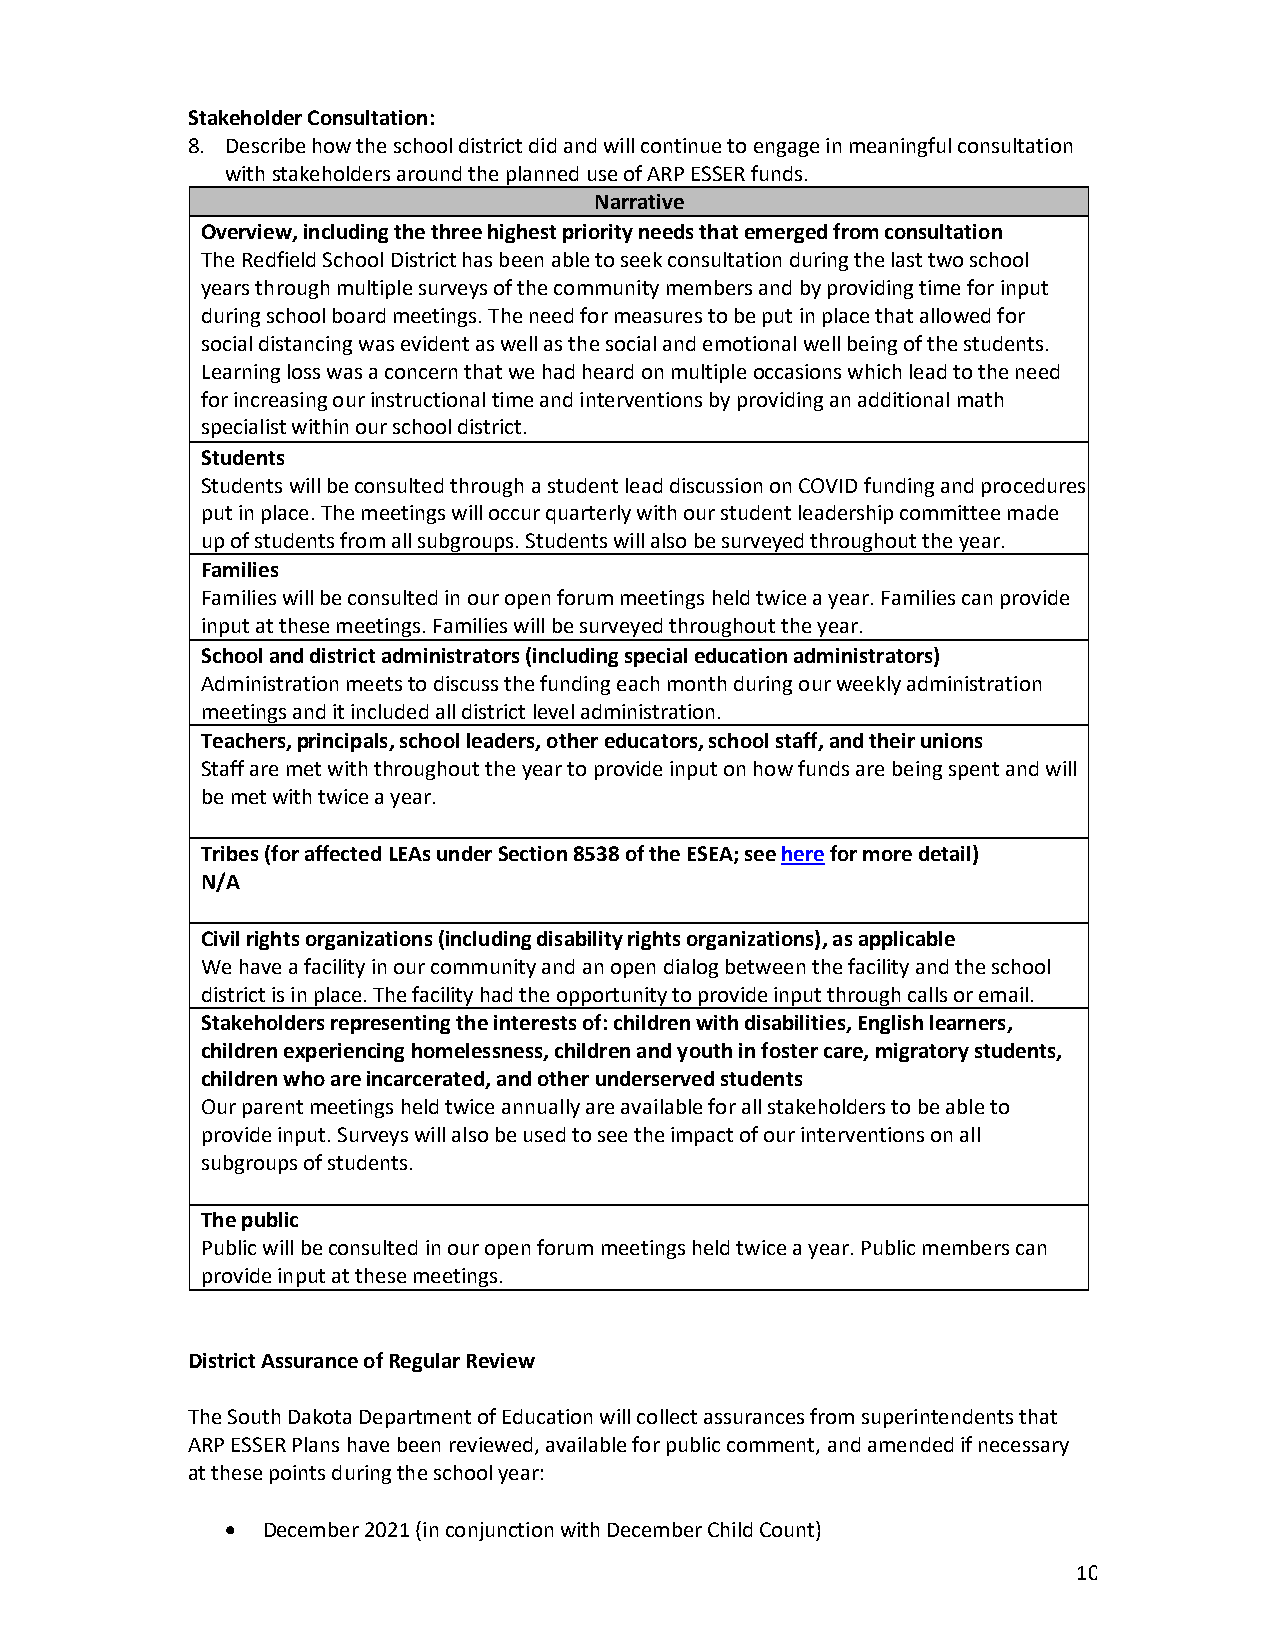
Stakeholder Consultation:
 8. Describe how the school district did and will continue to engage in meaningful consultation
 with stakeholders around the planned use of ARP ESSER funds.
 Narrative
 Overview, including the three highest priority needs that emerged from consultation
 The Redfield School District has been able to seek consultation during the last two school
 years through multiple surveys of the community members and by providing time for input
 during school board meetings. The need for measures to be put in place that allowed for
 social distancing was evident as well as the social and emotional well being of the students.
 Learning loss was a concern that we had heard on multiple occasions which lead to the need
 for increasing our instructional time and interventions by providing an additional math
 specialist within our school district.
 Students
 Students will be consulted through a student lead discussion on COVID funding and procedures
 put in place. The meetings will occur quarterly with our student leadership committee made
 up of students from all subgroups. Students will also be surveyed throughout the year.
 Families
 Families will be consulted in our open forum meetings held twice a year. Families can provide
 input at these meetings. Families will be surveyed throughout the year.
 School and district administrators (including special education administrators)
 Administration meets to discuss the funding each month during our weekly administration
 meetings and it included all district level administration.
 Teachers, principals, school leaders, other educators, school staff, and their unions
 Staff are met with throughout the year to provide input on how funds are being spent and will
 be met with twice a year.
 Tribes (for affected LEAs under Section 8538 of the ESEA; see here for more detail)
 N/A
 Civil rights organizations (including disability rights organizations), as applicable
 We have a facility in our community and an open dialog between the facility and the school
 district is in place. The facility had the opportunity to provide input through calls or email.
 Stakeholders representing the interests of: children with disabilities, English learners,
 children experiencing homelessness, children and youth in foster care, migratory students,
 children who are incarcerated, and other underserved students
 Our parent meetings held twice annually are available for all stakeholders to be able to
 provide input. Surveys will also be used to see the impact of our interventions on all
 subgroups of students.
 The public
 Public will be consulted in our open forum meetings held twice a year. Public members can
 provide input at these meetings.
 District Assurance of Regular Review
 The South Dakota Department of Education will collect assurances from superintendents that
 ARP ESSER Plans have been reviewed, available for public comment, and amended if necessary
 at these points during the school year:
 • December 2021 (in conjunction with December Child Count)
 10